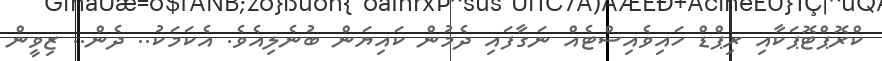
ކްރޮޕްޓޮޕަކާއި ރިޕްޑް ހައިވެއިސްޓެއް ނަގާފައި ދެމުން ކައިޔަން ބުނެލިއެވެ. އެކަމަކު.. ދެން.. ޒިވީން